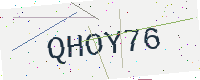
Text: QHOY76